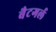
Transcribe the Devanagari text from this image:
बैटगर्ल